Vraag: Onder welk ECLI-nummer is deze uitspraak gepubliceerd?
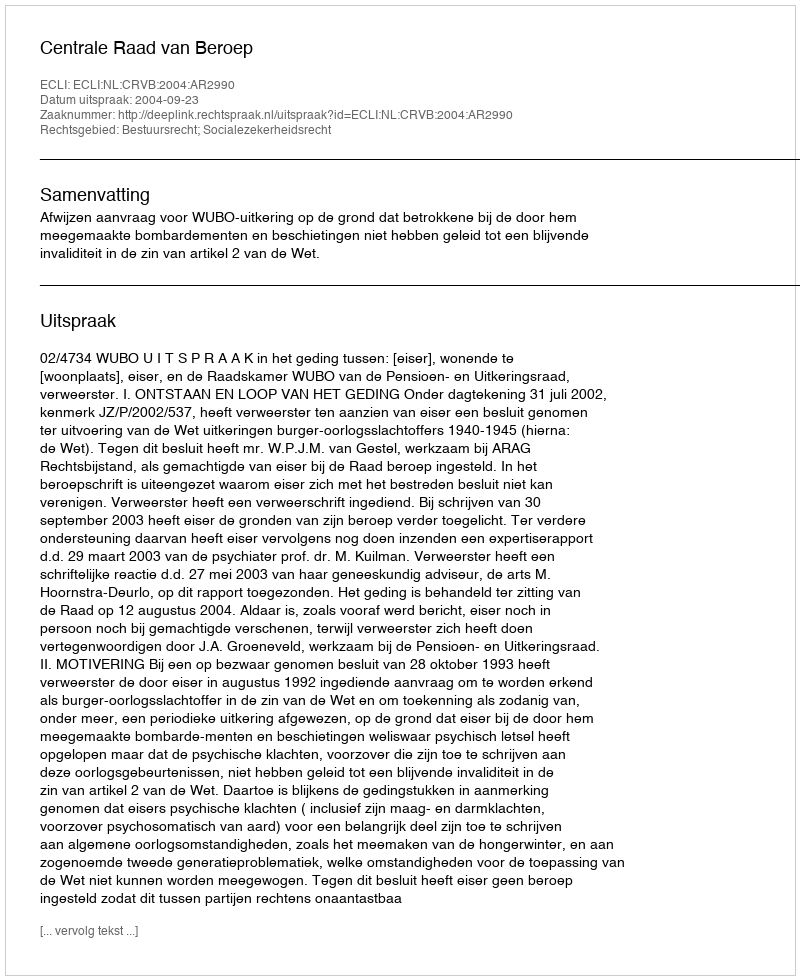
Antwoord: ECLI:NL:CRVB:2004:AR2990